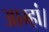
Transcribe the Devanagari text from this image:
आम्हां।